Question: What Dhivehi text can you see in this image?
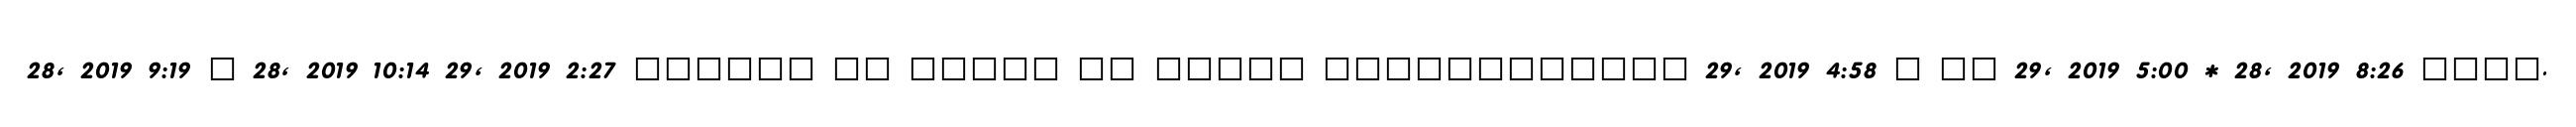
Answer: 28, 2019 9:19 ? 28, 2019 10:14 29, 2019 2:27 ?????? ?? ????? ?? ????? ???????????? 29, 2019 4:58 ? ?? 29, 2019 5:00 * 28, 2019 8:26 ????.